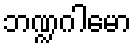
ဘဏ္ဍဂါမော